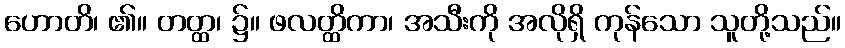
ဟောတိ၊ ၏။ တတ္ထ၊ ၌။ ဖလတ္ထိကာ၊ အသီးကို အလိုရှိ ကုန်သော သူတို့သည်။